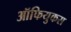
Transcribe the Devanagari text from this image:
ऑफियुकस